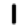
Digit: 1